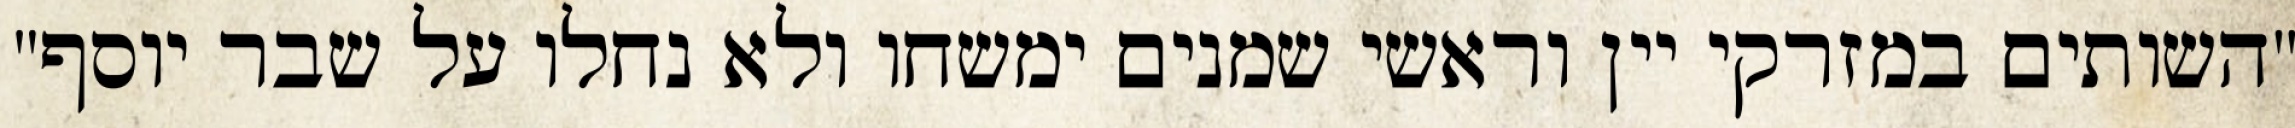
"השותים במזרקי יין וראשי‏ שמנים ימשחו ולא נחלו על שבר יוסף"